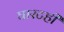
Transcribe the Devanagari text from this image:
घारटही